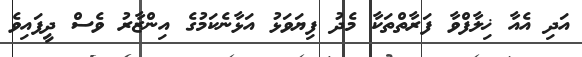
އަދި އެއާ ޚިލާފްވާ ފަރާތްތަކާ މެދު ފިޔަވަޅު އަޅާނެކަމުގެ އިންޒާރު ވެސް ދީފައިވެ